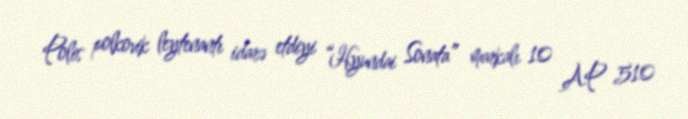
Polis polkovik leytenantı idarə etdiyi “Hyundai Sonata” markalı 10 AP 510